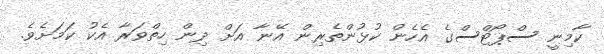
ކާމިނީ ސްޕޯޓްސްގެ އެހެން ކުޅުންތެރިން އޭނާ އަށް ދިން ހިތްވަރާ އެކު ކަމަށެވެ.